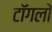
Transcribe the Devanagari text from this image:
टॉगलों